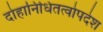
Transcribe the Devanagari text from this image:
दोहानिधितत्वोपदेश